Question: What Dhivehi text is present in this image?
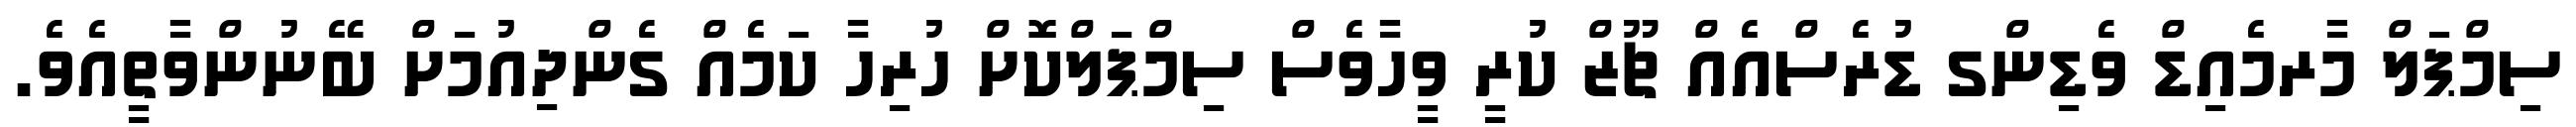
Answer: ސިމްޕަލް މާރމެއިޑް ވެޑިންގ ޑުރެސްއެއް ޗޫޒް ކުރީ ވީހާވެސް ސިމްޕަލްކޮށް ހުރިހާ ކަމެއް ގެންދިއުމަށް ބޭނުންވާތީއެވެ.